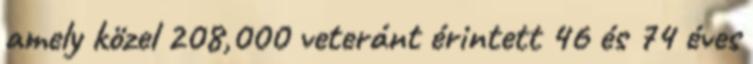
amely közel 208,000 veteránt érintett 46 és 74 éves